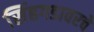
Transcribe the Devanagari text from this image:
सिंहगडावरचे